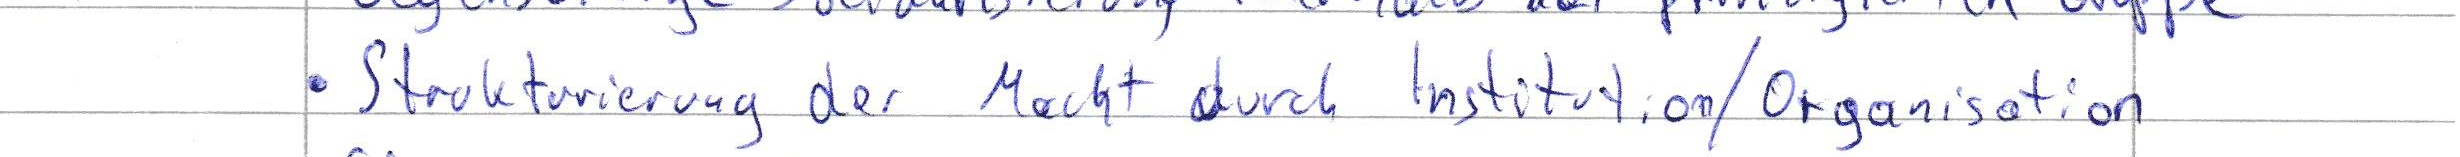
Strukturierung der Macht durch Institution / Organisation